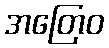
အတြေဝ